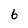
Character: 6